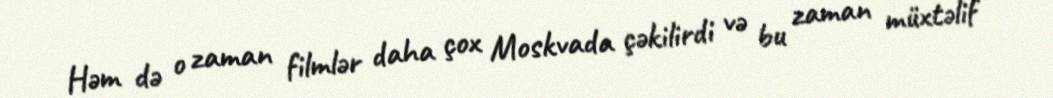
Həm də o zaman filmlər daha çox Moskvada çəkilirdi və bu zaman müxtəlif